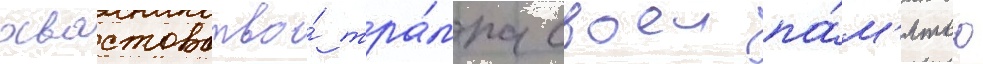
хвастовство́ тра́мпа своеи па́м'ятью